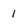
Character: l